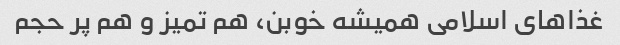
غذاهای اسلامی همیشه خوبن، هم تمیز و هم پر حجم